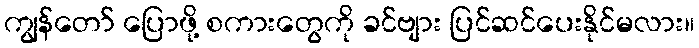
ကျွန်တော် ပြောဖို့ စကားတွေကို ခင်ဗျား ပြင်ဆင်ပေးနိုင်မလား။